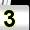
Digit: 3